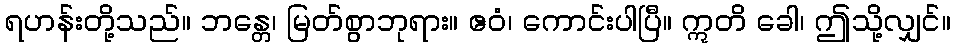
ရဟန်းတို့သည်။ ဘန္တေ၊ မြတ်စွာဘုရား။ ဧဝံ၊ ကောင်းပါပြီ။ ဣတိ ခေါ၊ ဤသို့လျှင်။